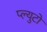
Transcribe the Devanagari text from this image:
प्ल्युटो